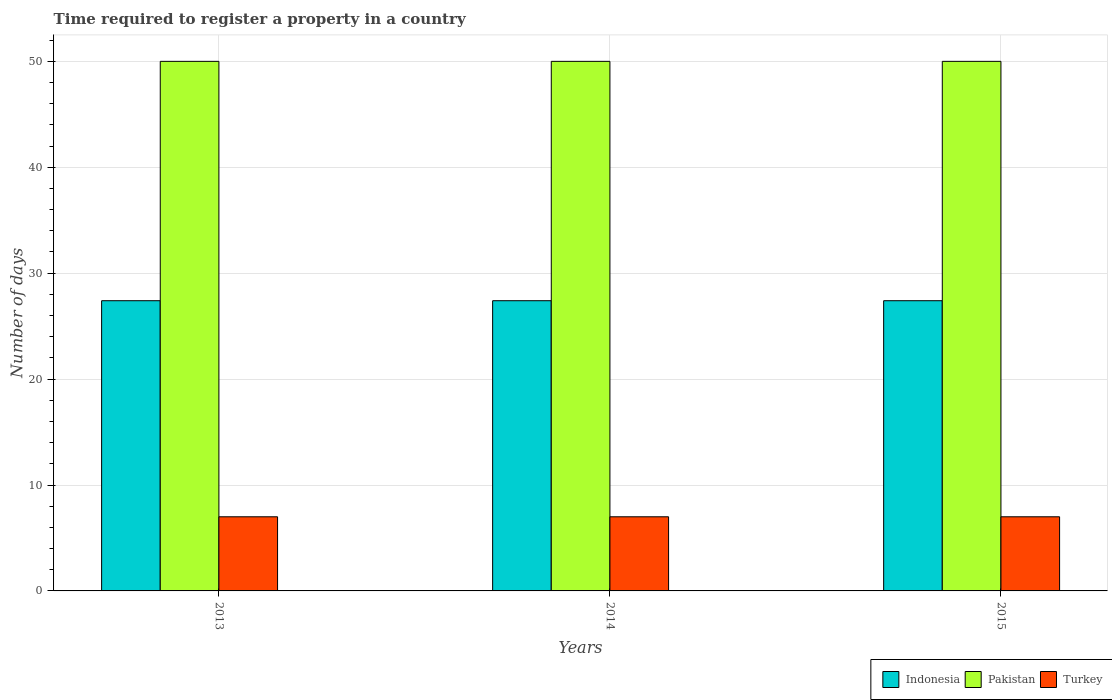
| Years | Indonesia | Pakistan | Turkey |
 | --- | --- | --- | --- |
 | 2013 | 27.4 | 50 | 7 |
 | 2014 | 27.4 | 50 | 7 |
 | 2015 | 27.4 | 50 | 7 |